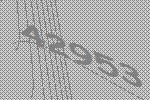
42953